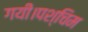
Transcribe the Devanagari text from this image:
गयी।पश्चिम